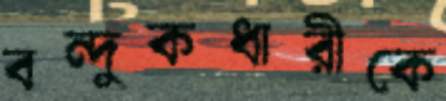
বন্দুকধারীকে